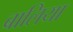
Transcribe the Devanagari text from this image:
बालिया